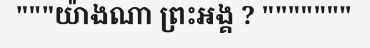
"""យ៉ាងណា ព្រះអង្គ ? """""""